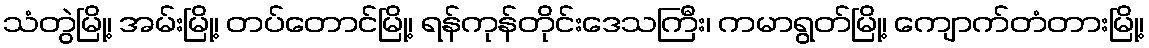
သံတွဲမြို့၊ အမ်းမြို့၊ တပ်တောင်မြို့၊ ရန်ကုန်တိုင်းဒေသကြီး၊ ကမာရွတ်မြို့၊ ကျောက်တံတားမြို့၊